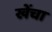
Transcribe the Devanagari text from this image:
खेंचा